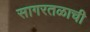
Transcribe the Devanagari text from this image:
सागरतळाची